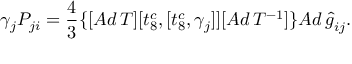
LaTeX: \gamma _ { j } { \cal P } _ { j i } = \frac { 4 } { 3 } \{ [ A d \, T ] [ t _ { 8 } ^ { c } , [ t _ { 8 } ^ { c } , { \gamma } _ { j } ] ] [ A d \, T ^ { - 1 } ] \} { A d \, { \hat { g } } } _ { i j } .